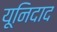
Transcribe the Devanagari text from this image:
यूनिदाद